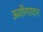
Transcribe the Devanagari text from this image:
ऊर्जोत्पादन